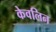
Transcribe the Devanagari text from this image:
केवलिन